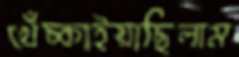
খেঁচ্‌কাইয়াছিলাম